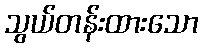
သွယ်တန်းထားသော